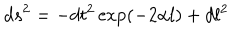
d s ^ { 2 } = - d t ^ { 2 } \exp ( - 2 \alpha l ) + d l ^ { 2 }